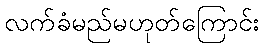
လက်ခံမည်မဟုတ်ကြောင်း